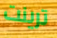
ترينت